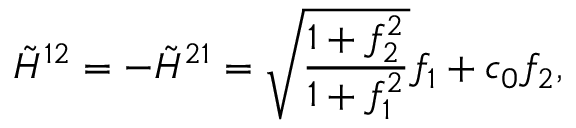
\tilde { { \cal H } } ^ { 1 2 } = - \tilde { { \cal H } } ^ { 2 1 } = \sqrt { \frac { 1 + f _ { 2 } ^ { 2 } } { 1 + f _ { 1 } ^ { 2 } } } f _ { 1 } + c _ { 0 } f _ { 2 } , \nonumber